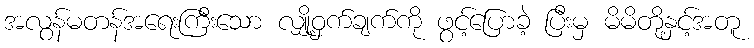
အလွန်မတန်အရေးကြီးသော လျှို့ဝှက်ချက်ကို ဖွင့်ပြောခဲ့ ပြီးမှ မိမိတို့နှင့်အတူ